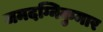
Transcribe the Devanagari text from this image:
जमदग्निकुमार